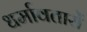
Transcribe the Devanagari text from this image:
धर्मावतारों